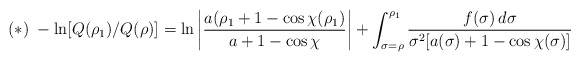
\begin{align*}(*)\; -\ln [Q(\rho_1)/Q(\rho)]=\ln \left|\frac{a(\rho_{1}+1-\cos \chi(\rho_{1})}{a+1-\cos \chi}\right|+\int^{\rho_{1}}_{\sigma=\rho}\frac{f(\sigma)\,d\sigma}{\sigma^2[a(\sigma)+1-\cos \chi (\sigma)]}\end{align*}